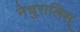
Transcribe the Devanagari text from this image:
नेचुरालिस्